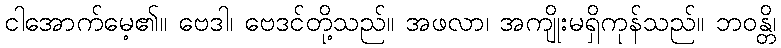
ငါအောက်မေ့၏။ ဗေဒါ၊ ဗေဒင်တို့သည်။ အဖလာ၊ အကျိုးမရှိကုန်သည်။ ဘဝန္တိ၊